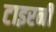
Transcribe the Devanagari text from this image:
टाइरनी